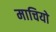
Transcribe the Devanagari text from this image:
माचियो